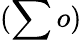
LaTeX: (\sum o)